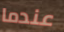
عندما